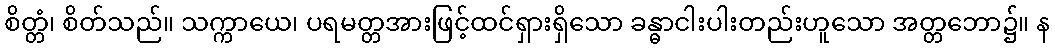
စိတ္တံ၊ စိတ်သည်။ သက္ကာယေ၊ ပရမတ္တအားဖြင့်ထင်ရှားရှိသော ခန္ဓာငါးပါးတည်းဟူသော အတ္တဘော၌။ န